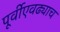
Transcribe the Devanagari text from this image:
पूर्वीएवढ्याच